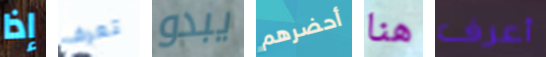
إذا تعرف يبدو أحضرهم هنا أعرف